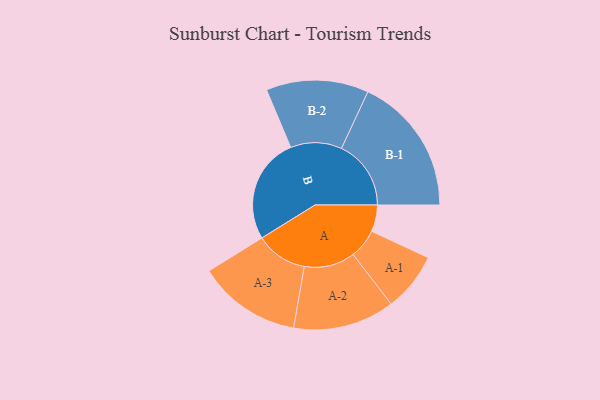
{"axis": {"x": "Segment", "y": "Value"}, "legend": ["", "A", "B"], "data": [{"x": "A", "y": 115, "type": ""}, {"x": "B", "y": 457, "type": ""}, {"x": "A-1", "y": 127, "type": "A"}, {"x": "A-2", "y": 219, "type": "A"}, {"x": "A-3", "y": 223, "type": "A"}, {"x": "B-1", "y": 300, "type": "B"}, {"x": "B-2", "y": 221, "type": "B"}]}